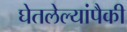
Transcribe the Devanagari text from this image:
घेतलेल्यांपैकी